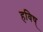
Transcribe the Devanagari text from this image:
हविष्